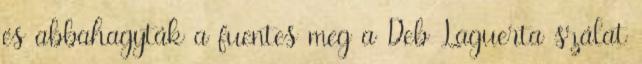
és abbahagyták a fuentes meg a Deb Laguerta szálat